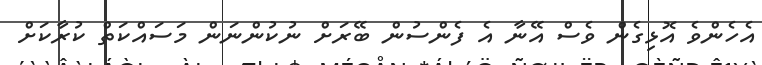
އެހެންވެ އޮޅިގެން ވެސް އޭނާ އެ ފެންސުން ބޭރަށް ނުކުންނަން މަސައްކަތް ކުރާކަށް